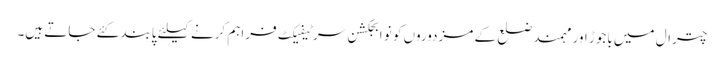
چترال میں باجوڑ اور مہمند ضلع کے مزدوروں کو نو ابجکشن سرٹیفیکٹ فراہم کرنے کیلئے پابند کئے جاتے ہیں۔